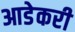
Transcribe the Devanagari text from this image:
आडेकरी